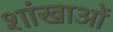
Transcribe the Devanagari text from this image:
शांखाओं